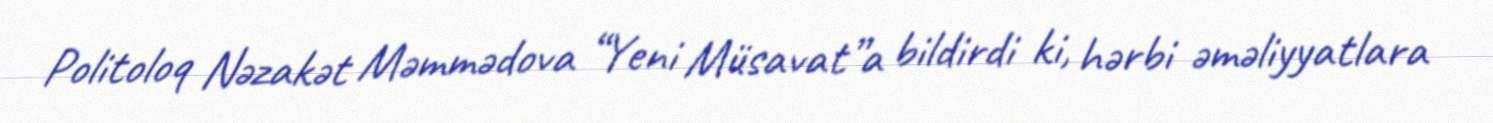
Politoloq Nəzakət Məmmədova “Yeni Müsavat”a bildirdi ki, hərbi əməliyyatlara